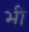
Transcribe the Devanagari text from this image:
भ्‍ाी